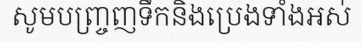
សូមបញ្ច្រញទឹកនិងប្រេងទាំងអស់